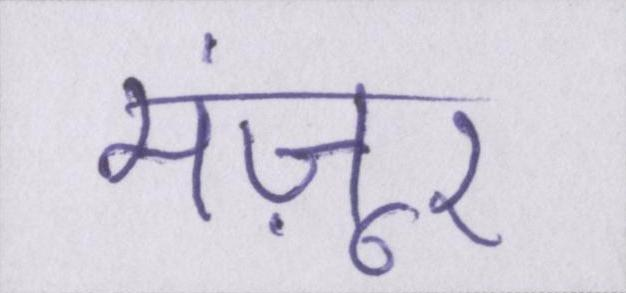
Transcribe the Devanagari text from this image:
मंज़ूर